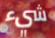
شيء